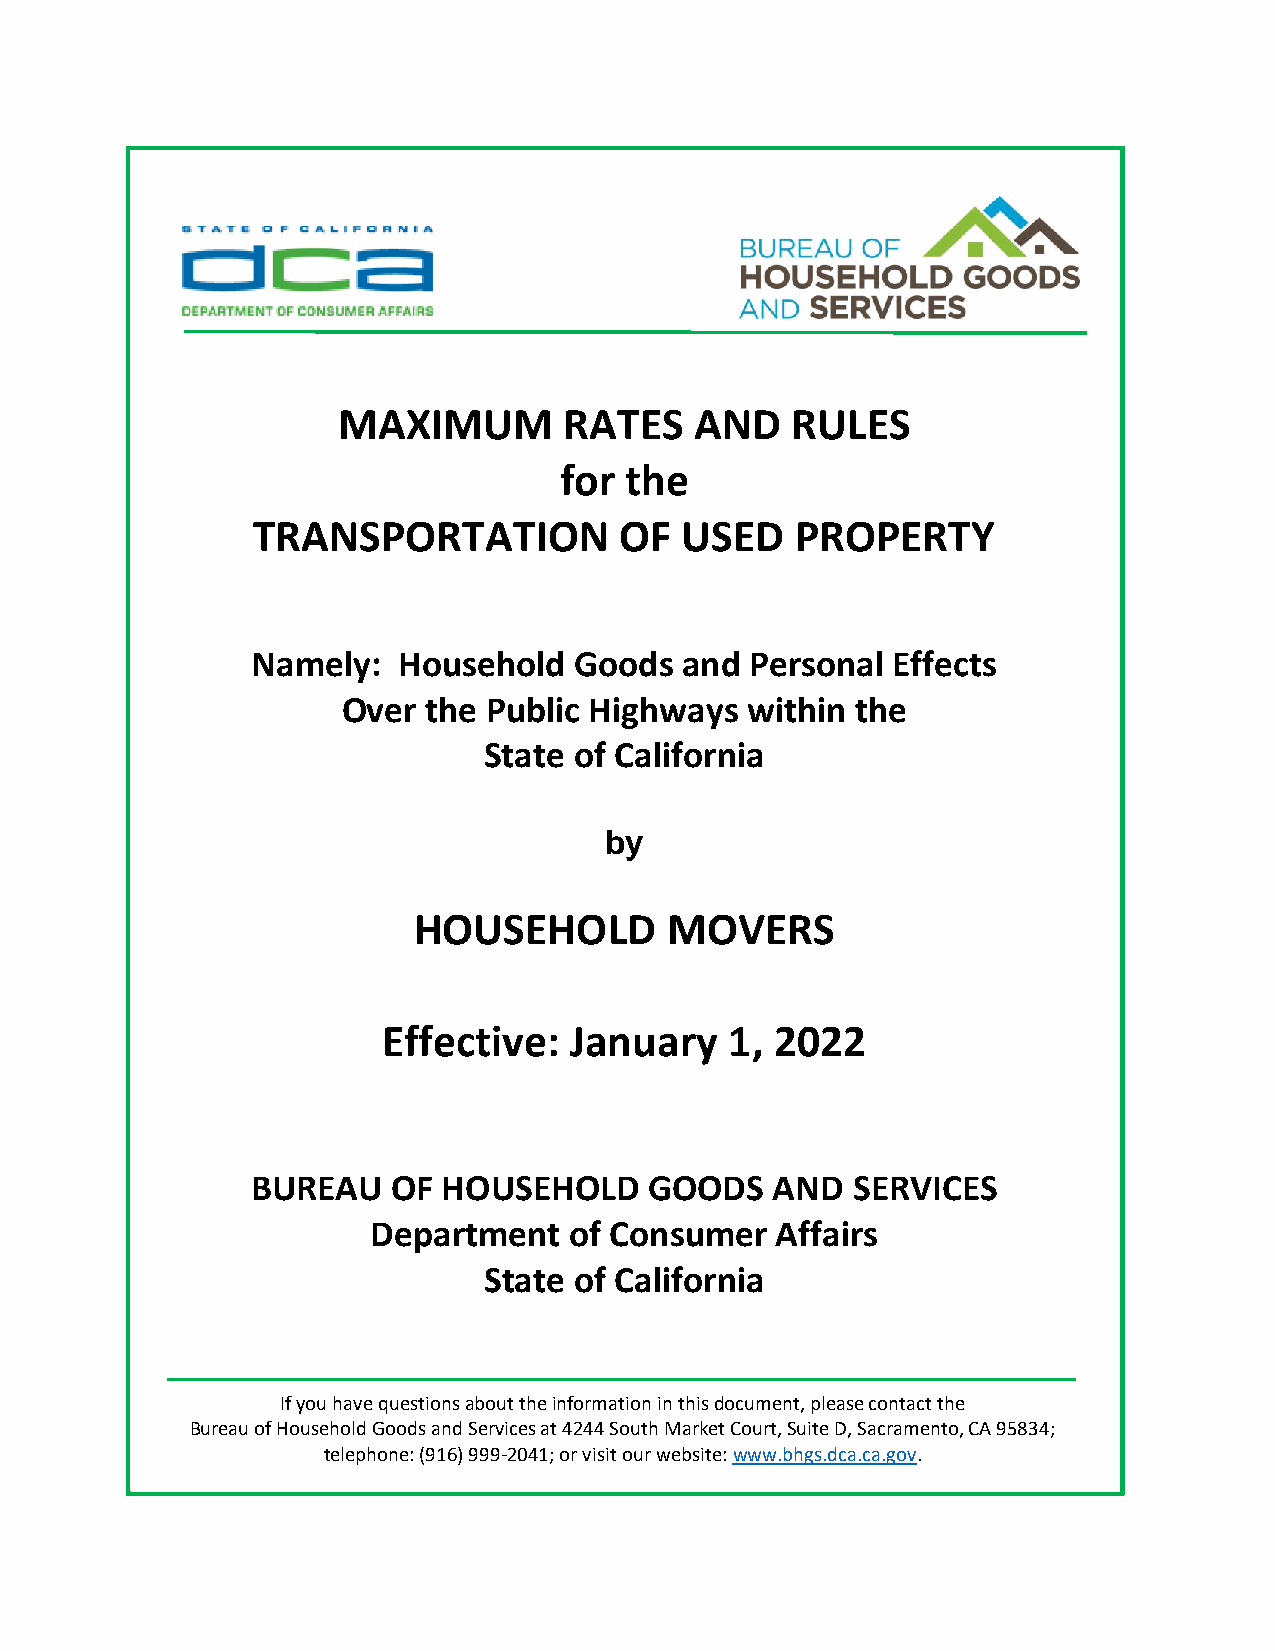
For more inform
 his document , tact the
 Bur eau of Household Goods and Services at 4244 South Market Court, Suite D, Sacramento, CA 95834;
 telephone: () 999-2041; or visit our website: www.bhgs.dca.ca.gov.
 MAXIMUM        RATES    AND   RULES
 for the
 TRANSPORTATION          OF  USED    PROPERTY
 Namely:  Household   Goods  and  Personal Effects
 Over the Public Hi ghways within  the
 State of California
 b y
 HOUSEHOLD        MOVERS
 Effective:   January   1, 2022
 BUREAU   OF HOUSEHOL    D GOODS   AND  SERVICES
 Department   of Consumer  Affairs
 State of California
 If you have questions about the information in this document, please contact the
 Bureau of Household Goods and Services at 4244 S outh Market Court, Suite D, Sacramento, CA 95834;
 telephone: (916) 999-2041; or visit our website: www.bhgs.dca.ca.gov.